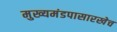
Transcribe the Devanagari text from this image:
मुख्यमंडपासारखेच